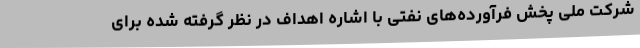
شرکت ملی پخش فرآورده‌های نفتی با اشاره اهداف در نظر گرفته شده برای